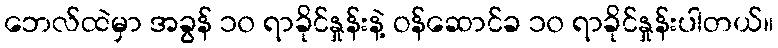
ဘေလ်ထဲမှာ အခွန် ၁၀ ရာခိုင်နှုန်းနဲ့ ဝန်ဆောင်ခ ၁၀ ရာခိုင်နှုန်းပါတယ်။